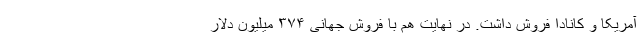
آمریکا و کانادا فروش داشت. در نهایت هم با فروش جهانی ۳۷۴ میلیون دلار